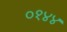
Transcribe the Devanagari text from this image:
०१४४